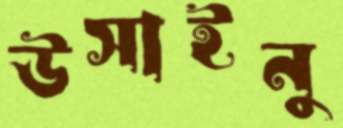
উসাইনু